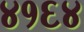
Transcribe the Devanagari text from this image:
४१६४